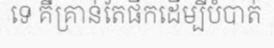
ទេ គឺគ្រាន់តែផឹកដើម្បីបំបាត់